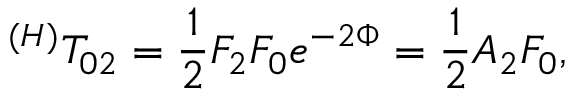
^ { ( H ) } T _ { 0 2 } = \frac 1 2 F _ { 2 } F _ { 0 } e ^ { - 2 \Phi } = \frac 1 2 A _ { 2 } F _ { 0 } ,